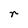
Character: r